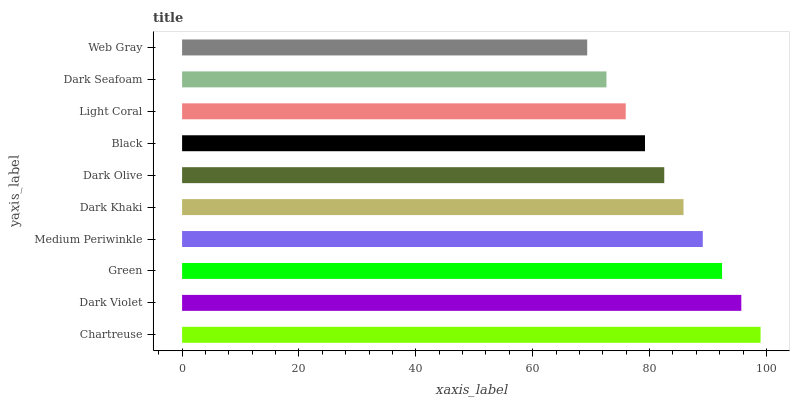
| yaxis_label | bars |
 | --- | --- |
 | Chartreuse | 99 |
 | Dark Violet | 95.7 |
 | Green | 92.4 |
 | Medium Periwinkle | 89.1 |
 | Dark Khaki | 85.8 |
 | Dark Olive | 82.5 |
 | Black | 79.2 |
 | Light Coral | 75.9 |
 | Dark Seafoam | 72.6 |
 | Web Gray | 69.3 |